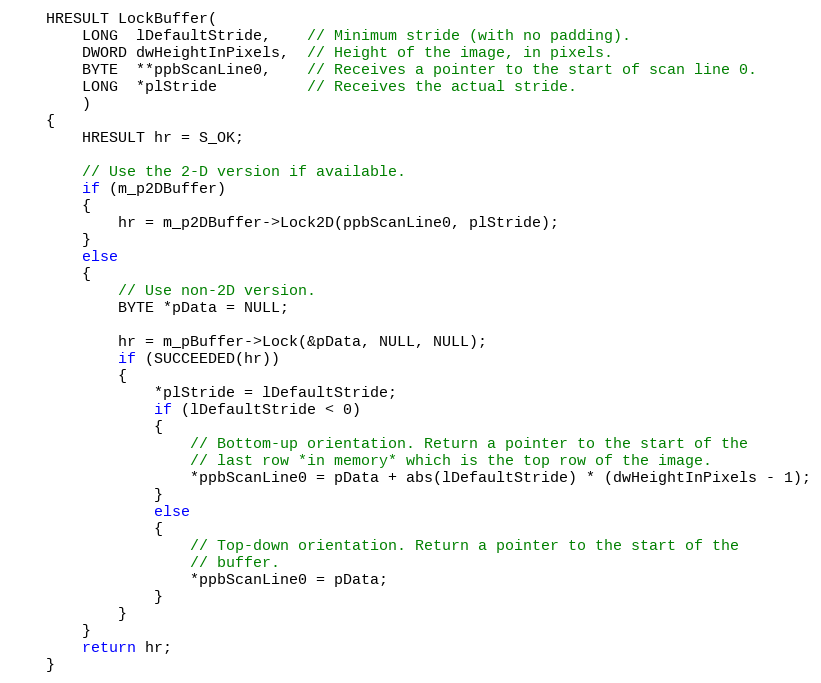
Language: C
    HRESULT LockBuffer(
        LONG  lDefaultStride,    // Minimum stride (with no padding).
        DWORD dwHeightInPixels,  // Height of the image, in pixels.
        BYTE  **ppbScanLine0,    // Receives a pointer to the start of scan line 0.
        LONG  *plStride          // Receives the actual stride.
        )
    {
        HRESULT hr = S_OK;

        // Use the 2-D version if available.
        if (m_p2DBuffer)
        {
            hr = m_p2DBuffer->Lock2D(ppbScanLine0, plStride);
        }
        else
        {
            // Use non-2D version.
            BYTE *pData = NULL;

            hr = m_pBuffer->Lock(&pData, NULL, NULL);
            if (SUCCEEDED(hr))
            {
                *plStride = lDefaultStride;
                if (lDefaultStride < 0)
                {
                    // Bottom-up orientation. Return a pointer to the start of the
                    // last row *in memory* which is the top row of the image.
                    *ppbScanLine0 = pData + abs(lDefaultStride) * (dwHeightInPixels - 1);
                }
                else
                {
                    // Top-down orientation. Return a pointer to the start of the
                    // buffer.
                    *ppbScanLine0 = pData;
                }
            }
        }
        return hr;
    }